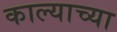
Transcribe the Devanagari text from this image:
काल्याच्या